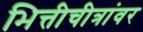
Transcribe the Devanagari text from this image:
भित्तीचीत्रांवर